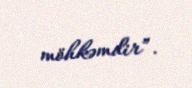
möhkəmdir”.